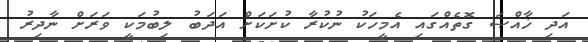
އަދި ޚާއްޞަ ގޮތެއްގައި އެމީހަކު ނުކުރާ ކުށަކަށް އަދަބު ލިބުމަކީ ވަރަށް ނާދިރު